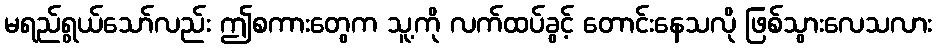
မရည်ရွယ်သော်လည်း ဤစကားတွေက သူ့ကို လက်ထပ်ခွင့် တောင်းနေသလို ဖြစ်သွားလေသလား